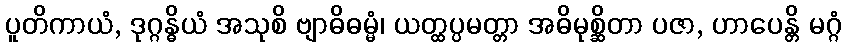
ပူတိကာယံ, ဒုဂ္ဂန္ဓိယံ အသုစိ ဗျာဓိဓမ္မံ၊ ယတ္ထပ္ပမတ္တာ အဓိမုစ္ဆိတာ ပဇာ, ဟာပေန္တိ မဂ္ဂံ